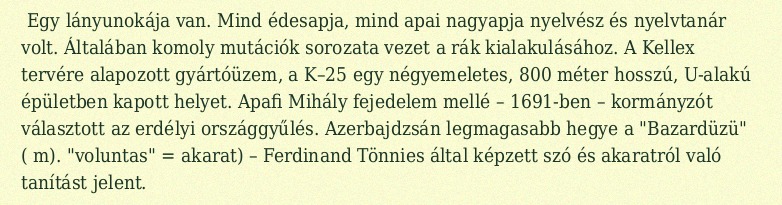
Egy lányunokája van. Mind édesapja, mind apai nagyapja nyelvész és nyelvtanár volt. Általában komoly mutációk sorozata vezet a rák kialakulásához. A Kellex tervére alapozott gyártóüzem, a K–25 egy négyemeletes, 800 méter hosszú, U-alakú épületben kapott helyet. Apafi Mihály fejedelem mellé – 1691-ben – kormányzót választott az erdélyi országgyűlés. Azerbajdzsán legmagasabb hegye a "Bazardüzü" ( m). "voluntas" = akarat) – Ferdinand Tönnies által képzett szó és akaratról való tanítást jelent.